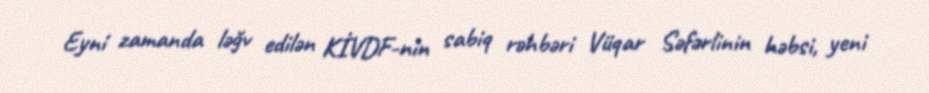
Eyni zamanda ləğv edilən KİVDF-nin sabiq rəhbəri Vüqar Səfərlinin həbsi, yeni